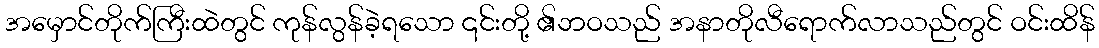
အမှောင်တိုက်ကြီးထဲတွင် ကုန်လွန်ခဲ့ရသော ၎င်းတို့ ၏ဘဝသည် အနာတိုလီရောက်လာသည်တွင် ဝင်းထိန်